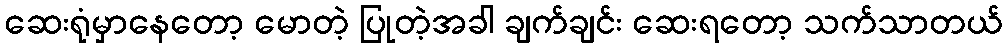
ဆေးရုံမှာနေတော့ မောတဲ့ ပြုတဲ့အခါ ချက်ချင်း ဆေးရတော့ သက်သာတယ်